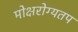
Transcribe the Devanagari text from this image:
मोक्षरोग्यतप